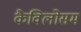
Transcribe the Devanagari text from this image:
कैविलोसम